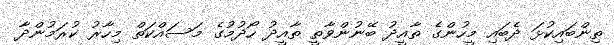
ތިންބައިކުޅަ ދެބައި މީހުންގެ ތާއީދު ބޭނުންވާތީ ތާއީދު ހޯދުމުގެ މަސައްކަތް މިހާރު ކުރަމުންދާ